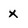
Character: x